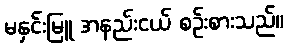
မနှင်းမြူ အနည်းငယ် စဉ်းစားသည်။